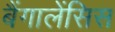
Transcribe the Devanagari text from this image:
बैंगालेंसिस